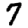
Digit: 7